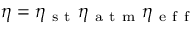
\eta = \eta _ { \mathrm { ~ s ~ t ~ } } \eta _ { \mathrm { ~ a ~ t ~ m ~ } } \eta _ { \mathrm { ~ e ~ f ~ f ~ } }